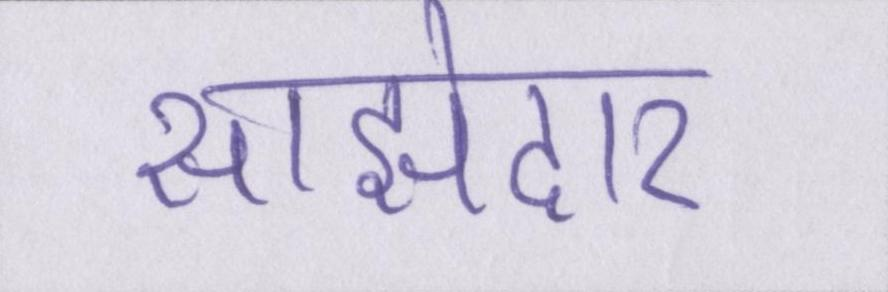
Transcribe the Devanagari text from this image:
साझेदार